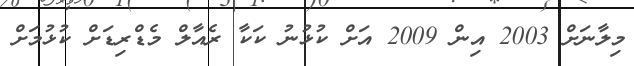
މިލާނަށް 2003 އިން 2009 އަށް ކުޅުނު ކަކާ ރެއާލް މެޑްރިޑަށް ކުޅުމަށް